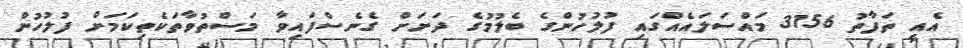
އެއީ ތަފާތު 3156 މައްސަލައެއްގައި ފުލުހުންގެ ބެލުމުގެ ދަށަށް ގެނެސްފައިވާ މަސްތުވާތަކެތިކަމަށް ފުލުހުން